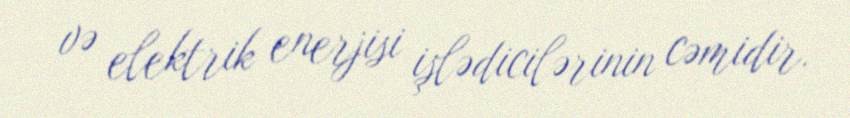
və elektrik enerjisi işlədicilərinin cəmidir.